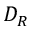
D _ { R }